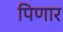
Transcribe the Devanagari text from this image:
पिणार